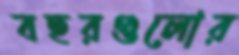
বছরগুলোর